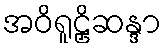
အဝိရူဠှိဆန္ဒာ